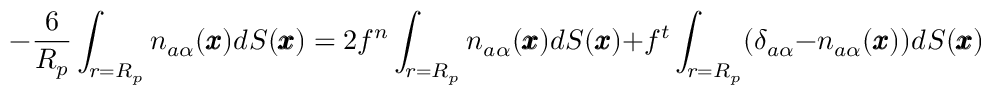
- \frac { 6 } { R _ { p } } \int _ { r = R _ { p } } n _ { a \alpha } ( { \pmb x } ) d S ( { \pmb x } ) = 2 f ^ { n } \int _ { r = R _ { p } } n _ { a \alpha } ( \pmb x ) d S ( { \pmb x } ) + f ^ { t } \int _ { r = R _ { p } } ( \delta _ { a \alpha } - n _ { a \alpha } ( \pmb x ) ) d S ( { \pmb x } )